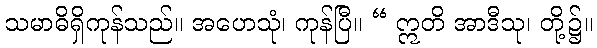
သမာဓိရှိကုန်သည်။ အဟေသုံ၊ ကုန်ပြီ။ “ ဣတိ အာဒီသု၊ တို့၌။